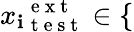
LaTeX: {x_{\mathbf{i}}}_{\mathrm{{~t~e~s~t~}}}^{\mathrm{{~e~x~t~}}}\in\{